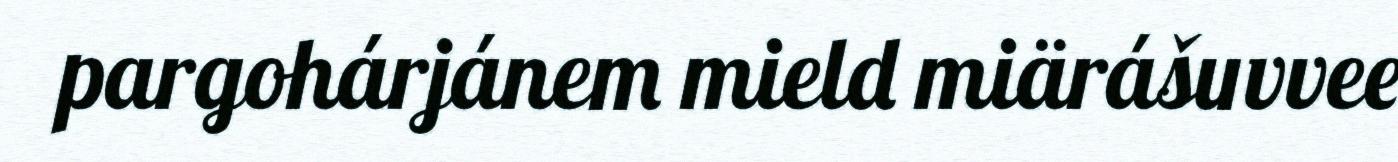
pargohárjánem mield miärášuvvee